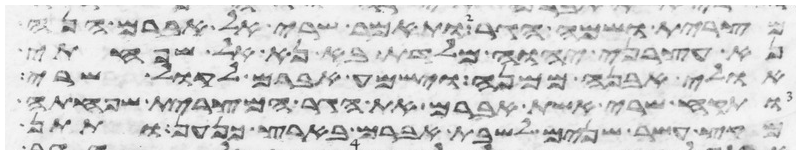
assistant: מצרית ושמה הגר ותאמר שרי אל אברם הנה
נא עצרני יהוה מלדת בא נא אל שפחתי
אולי אבנה ממנה וישמע אברם לקול שרי
ותקח שרי אשת אברם את הגר המצרית שפחתה
מקץ עשר שנים לשבת אברם בארץ כנען ותתן